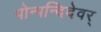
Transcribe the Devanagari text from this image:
पोन्पन्दिदेवर्